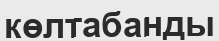
көлтабанды